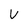
Character: V